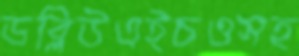
ডব্লিউএইচওসহ